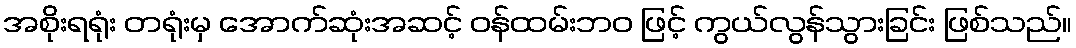
အစိုးရရုံး တရုံးမှ အောက်ဆုံးအဆင့် ဝန်ထမ်းဘဝ ဖြင့် ကွယ်လွန်သွားခြင်း ဖြစ်သည်။